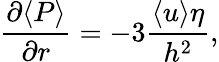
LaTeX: \frac{\partial\langle P\rangle}{\partial r}=-3\frac{\langle u\rangle\eta}{h^{2}},